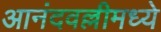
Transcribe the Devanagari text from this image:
आनंदवल्लीमध्ये